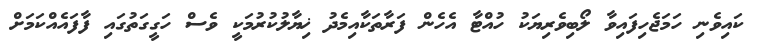
ކައިވެނި ހަމަޖެހިފައިވާ ލޯބިވެރިޔަކު ހުއްޓާ އެހެން ފަރާތަކާއިމެދު ޚިޔާލުކުރުމަކީ ވެސް ހަގީގަތުގައި ފާފައެއްކަމަށް